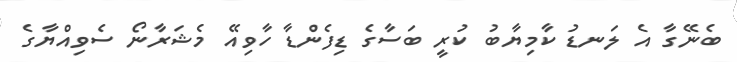
ބެނޭގާ އެ ލަނޑު ކާމިޔާބު ކުރީ ބަސާގެ ޑިފެންޑާ ހާވިއޭ މެޝަރާނޯ ސެވިއްޔާގެ